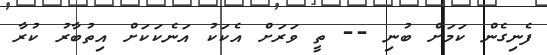
ފެނިގެން ކަމަށް ބުނި -- ތީ ވަރަށް އެކަކު އަނެކަކަށް އިތުބާރު ކުރާ